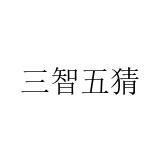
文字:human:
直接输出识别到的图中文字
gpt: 三智五猜